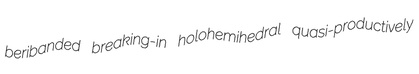
beribanded breaking-in holohemihedral quasi-productively